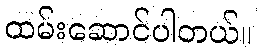
ထမ်းဆောင်ပါတယ်။